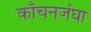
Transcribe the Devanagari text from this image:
काँचनजंघा